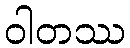
ဝါတဿ